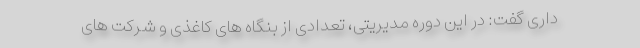
داری گفت: در این دوره مدیریتی، تعدادی از بنگاه های کاغذی و شرکت های